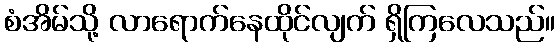
စံအိမ်သို့ လာရောက်နေထိုင်လျက် ရှိကြလေသည်။